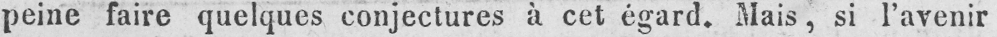
peine faire quelques conjectures à cet égard. Mais, si l’avenir